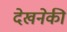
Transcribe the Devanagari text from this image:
देखनेकी